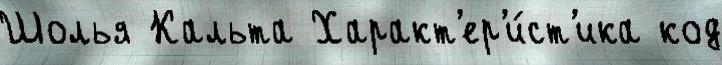
Шолья Кальта Характ'ер'и́ст'ика код